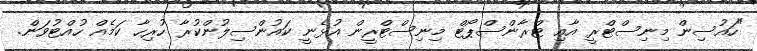
"ހައުސިން މިނިސްޓްރީ އާއި ޓްރާންސްޕޯޓް މިނިސްޓްރީން އުޅެނީ ކައުންސިލުންކުރާ ހުރިހާ ކަމެއް ހުއްޓުވަން.